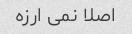
اصلا نمی ارزه